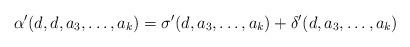
LaTeX: \begin{align*}\alpha'(d,d,a_3, \dots, a_k) = \sigma'(d,a_3, \dots, a_k) + \delta'(d,a_3, \dots, a_k)\end{align*}